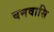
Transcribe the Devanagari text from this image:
वनवासि